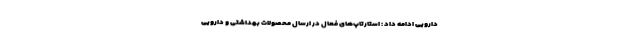
دارویی ادامه داد : استارتاپ‌های فعال در ارسال محصولات بهداشتی و دارویی